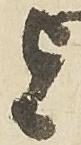
旨